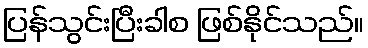
ပြန်သွင်းပြီးခါစ ဖြစ်နိုင်သည်။